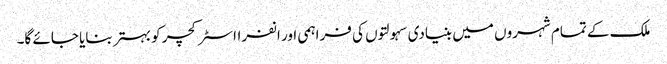
ملک کے تمام شہروں میں بنیادی سہولتوں کی فراہمی اور انفرااسٹرکچر کو بہتر بنایا جائے گا۔